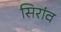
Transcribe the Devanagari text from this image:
सिरांव